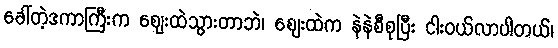
ခေါ်တဲ့ဒကာကြီးက ဈေးထဲသွားတာဘဲ၊ ဈေးထဲက နဲနဲစီစုပြီး ငါးဝယ်လာပါတယ်၊